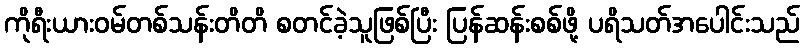
ကိုရီးယားဝမ်တစ်သန်းတိတိ စတင်ခဲ့သူဖြစ်ပြီး ပြန်ဆန်းစစ်ဖို့ ပရိသတ်အပေါင်းသည်